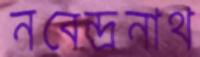
নবেন্দ্রনাথ